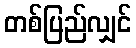
တစ်ပြည်လျှင်